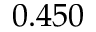
0 . 4 5 0